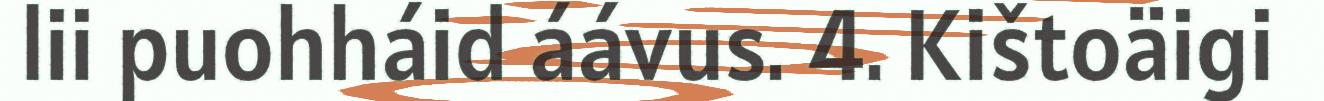
lii puohháid áávus. 4. Kištoäigi